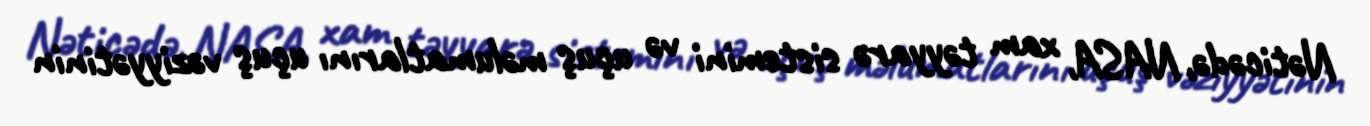
Nəticədə, NASA, xam təyyarə sistemini və uçuş məlumatlarını uçuş vəziyyətinin